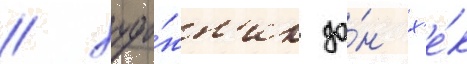
/ худо́жн'ик до́н х'е́к